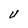
Character: V